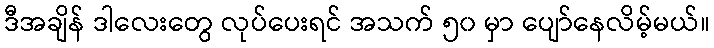
ဒီအချိန် ဒါလေးတွေ လုပ်ပေးရင် အသက် ၅၀ မှာ ပျော်နေလိမ့်မယ်။